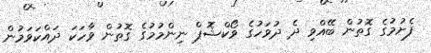
ފެށުމުގެ ގޮތުން ބޭއްވި ދެ ދުވަހުގެ ވޯކްޝޮޕް ނިންމުމުގެ ގޮތުން ވާހަކަ ދައްކަވަމުން